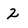
Character: 2